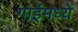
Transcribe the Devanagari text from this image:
गाईमध्यें